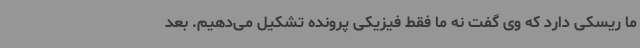
ما ریسکی دارد که وی گفت نه ما فقط فیزیکی پرونده تشکیل می‌دهیم. بعد